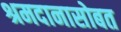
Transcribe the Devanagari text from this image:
श्रमदानासोबत